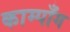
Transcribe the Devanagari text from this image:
काम्पाँग